Annual report of the Camel Specialist
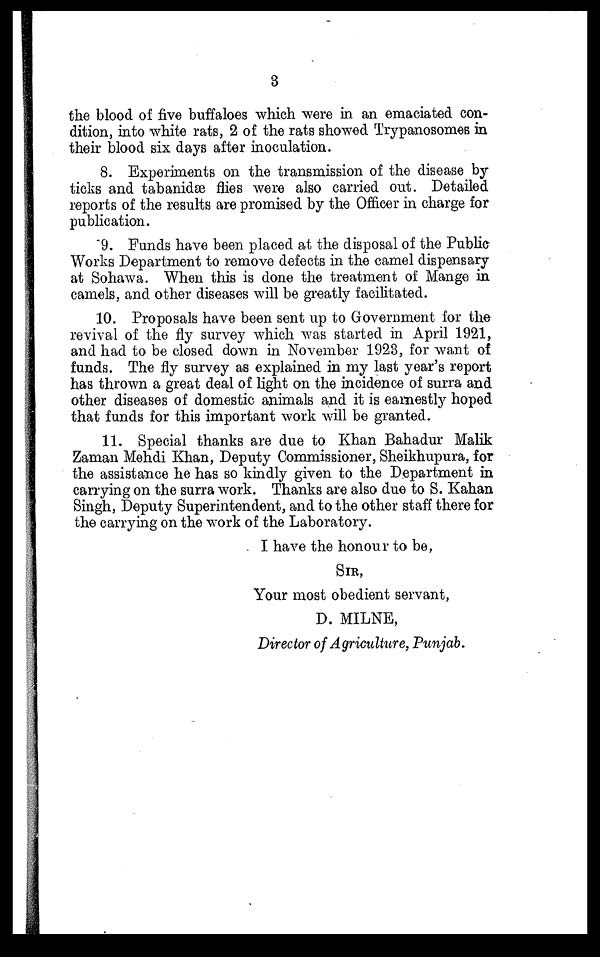
3
the blood of five buffaloes which were in an emaciated con-
dition, into white rats, 2 of the rats showed Trypanosomes in
their blood six days after inoculation.
8. Experiments on the transmission of the disease by
ticks and tabanidæ flies were also carried out. Detailed
reports of the results are promised by the Officer in charge for
publication.
9. Funds have been placed at the disposal of the Public
Works Department to remove defects in the camel dispensary
at Sohawa. When this is done the treatment of Mange in
camels, and other diseases will be greatly facilitated.
10. Proposals have been sent up to Government for the
revival of the fly survey which was started in April 1921,
and had to be closed down in November 1923, for want of
funds. The fly survey as explained in my last year's report
has thrown a great deal of light on the incidence of surra and
other diseases of domestic animals and it is earnestly hoped
that funds for this important work will be granted.
11. Special thanks are due to Khan Bahadur Malik
Zaman Mehdi Khan, Deputy Commissioner, Sheikhupura, for
the assistance he has so kindly given to the Department in
carrying on the surra work. Thanks are also due to S. Kahan
Singh, Deputy Superintendent, and to the other staff there for
the carrying on the work of the Laboratory.
I have the honour to be,
SIR,
Your most obedient servant,
D. MILNE,
Director of Agriculture, Punjab.